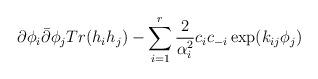
LaTeX: \begin{align*}\partial \phi_{i}\bar{\partial}\phi_{j}Tr(h_{i}h_{j})-\sum_{i=1}^{r}\frac{2}{\alpha_{i}^{2}}c_{i}c_{-i}\exp (k_{ij}\phi_{j})\end{align*}